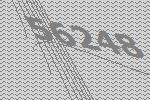
56248